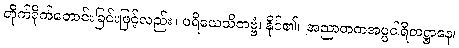
တိုက်ရိုက်တောင်းခြင်းဖြင့်လည်း။ ပရိယေသိတဗ္ဗံ၊ နိုင်၏။ အညာတကအပ္ပဝါရိတဋ္ဌာနေ၊